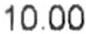
10.00